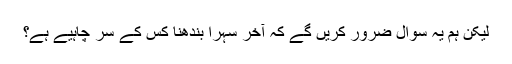
لیکن ہم یہ سوال ضرور کریں گے کہ آخر سہرا بندھنا کس کے سر چاہیے ہے؟